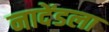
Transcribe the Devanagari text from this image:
नादेंडला